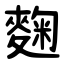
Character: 麴